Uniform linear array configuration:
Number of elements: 16
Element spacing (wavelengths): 0.75
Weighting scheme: hann
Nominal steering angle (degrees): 15
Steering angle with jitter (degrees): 13.821
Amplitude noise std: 0.05
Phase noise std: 0.05

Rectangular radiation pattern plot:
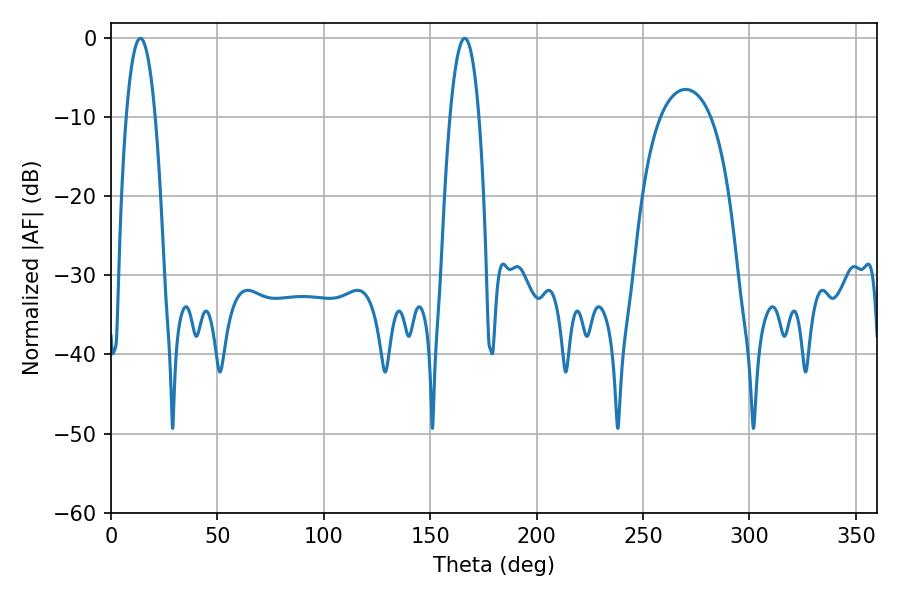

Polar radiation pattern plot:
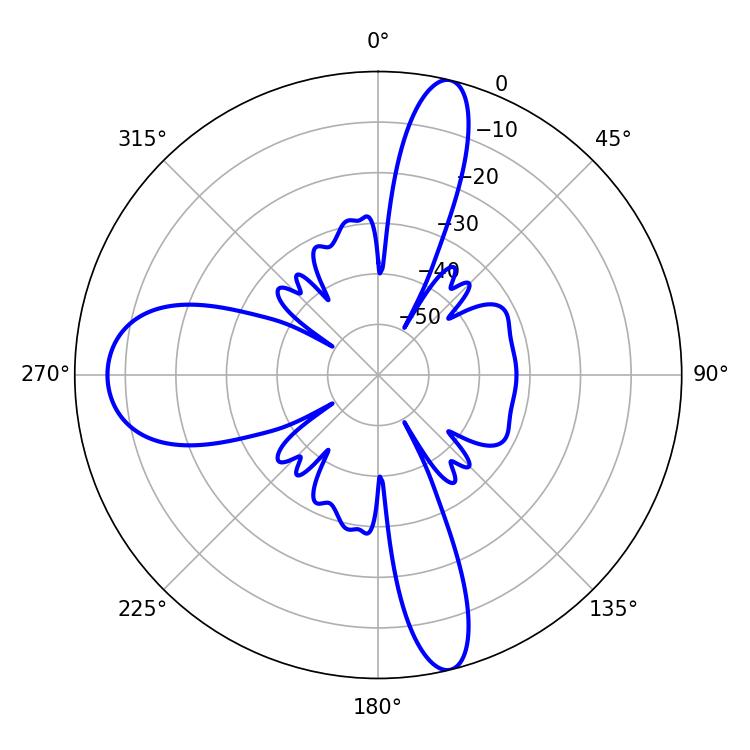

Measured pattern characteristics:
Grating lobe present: TRUE
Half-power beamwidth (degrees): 7.56
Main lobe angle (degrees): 13.86